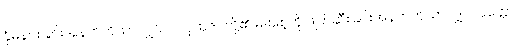
နှိမ်နင်းခြင်းအနက်ကိုသာလျှင်။ ဝါ၊ ပုထုဇဉ်တို့၏ မျိုးစေ့ကို ဖျက်ဆီးခြင်းအနက်ကိုသာလျှင်။ ဝုတ္တော၊